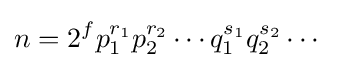
n=2^{f}p_{1}^{r_{1}}p_{2}^{r_{2}}\cdots q_{1}^{s_{1}}q_{2}^{s_{2}}\cdots